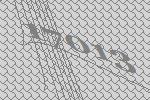
17013